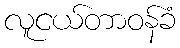
လူငယ်တာဝန်ခံ